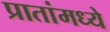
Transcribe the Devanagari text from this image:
प्रातांमध्ये